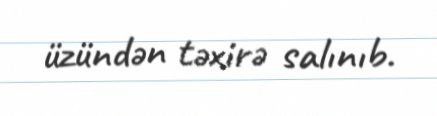
üzündən təxirə salınıb.